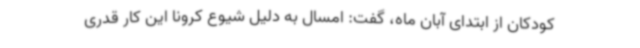
کودکان از ابتدای آبان ماه، گفت: امسال به دلیل شیوع کرونا این کار قدری